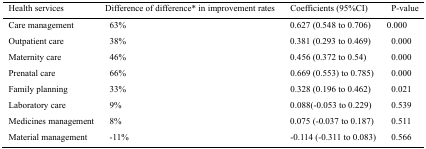
<table><thead><tr><td><b>Health services</b></td><td><b>Difference of difference* in improvement rates</b></td><td><b>Coefficients (95%CI)</b></td><td><b>P-value</b></td></tr></thead><tbody><tr><td>Care management</td><td>63%</td><td>0.627 (0.548 to 0.706)</td><td>0.000</td></tr><tr><td>Outpatient care</td><td>38%</td><td>0.381 (0.293 to 0.469)</td><td>0.000</td></tr><tr><td>Maternity care</td><td>46%</td><td>0.456 (0.372 to 0.54)</td><td>0.000</td></tr><tr><td>Prenatal care</td><td>66%</td><td>0.669 (0.553) to 0.785)</td><td>0.000</td></tr><tr><td>Family planning</td><td>33%</td><td>0.328 (0.196 to 0.462)</td><td>0.021</td></tr><tr><td>Laboratory care</td><td>9%</td><td>0.088(-0.053 to 0.229)</td><td>0.539</td></tr><tr><td>Medicines management</td><td>8%</td><td>0.075 (-0.037 to 0.187)</td><td>0.511</td></tr><tr><td>Material management</td><td>-11%</td><td>-0.114 (-0.311 to 0.083)</td><td>0.566</td></tr></tbody></table>